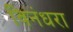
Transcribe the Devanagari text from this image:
विनंधरा